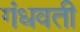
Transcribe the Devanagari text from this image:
गंधवती